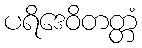
ပရိဒေဝိတတ္တံ